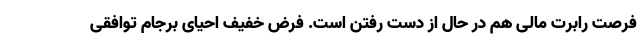
فرصت رابرت مالی هم در حال از دست رفتن است. فرض خفیف احیای برجام توافقی